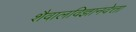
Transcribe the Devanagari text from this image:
शैवालविज्ञानवेत्ता